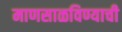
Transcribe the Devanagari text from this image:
माणसाळविण्याची